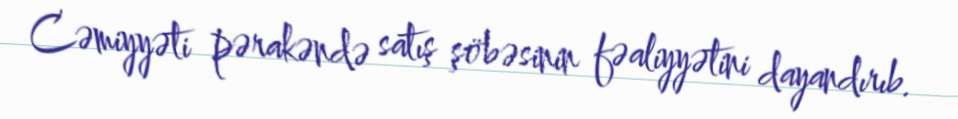
Cəmiyyəti pərakəndə satış şöbəsinin fəaliyyətini dayandırıb.